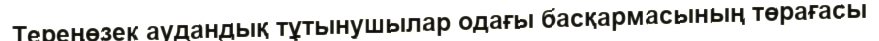
Тереңөзек аудандық тұтынушылар одағы басқармасының төрағасы